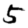
Digit: 5